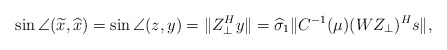
\begin{align*}\sin\angle(\widetilde{x},\widehat{x})=\sin\angle(z,y)=\| Z_{\bot}^{H}y\|=\widehat{\sigma}_{1}\| C^{-1}(\mu)(WZ_{\bot})^{H}s\|,\end{align*}